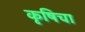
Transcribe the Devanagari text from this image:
कृषिचा